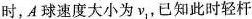
时，A球速度大小为ν_{1}，已知此时轻杆